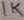
Text: 1K